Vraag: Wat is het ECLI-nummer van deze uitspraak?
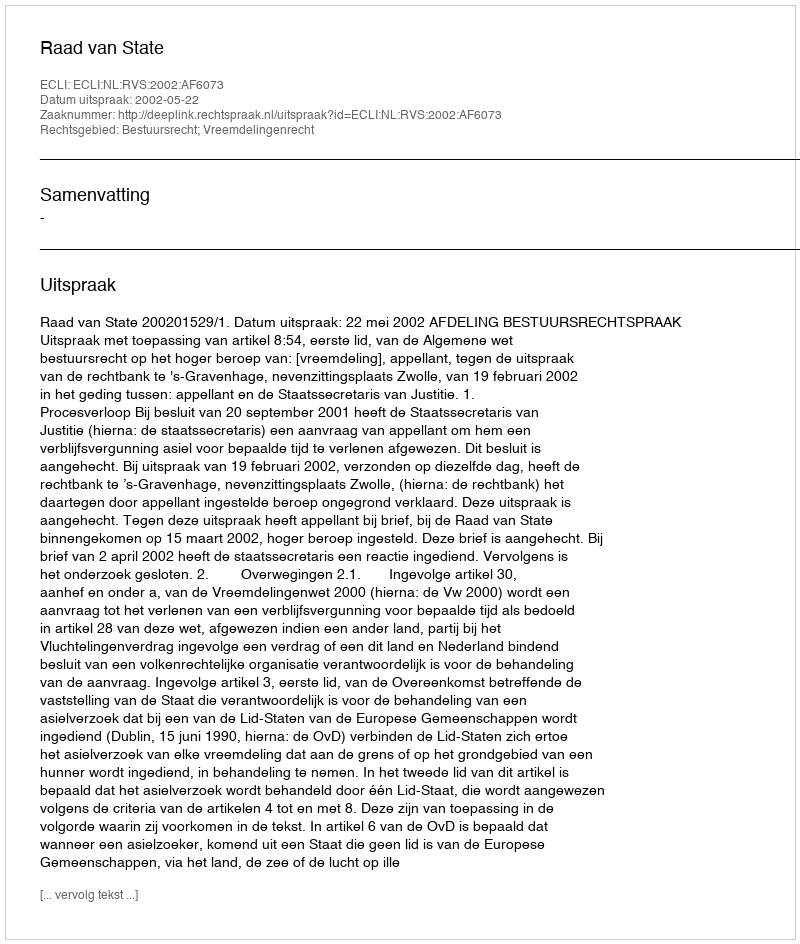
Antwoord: ECLI:NL:RVS:2002:AF6073